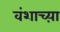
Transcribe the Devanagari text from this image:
वंशाच्य़ा